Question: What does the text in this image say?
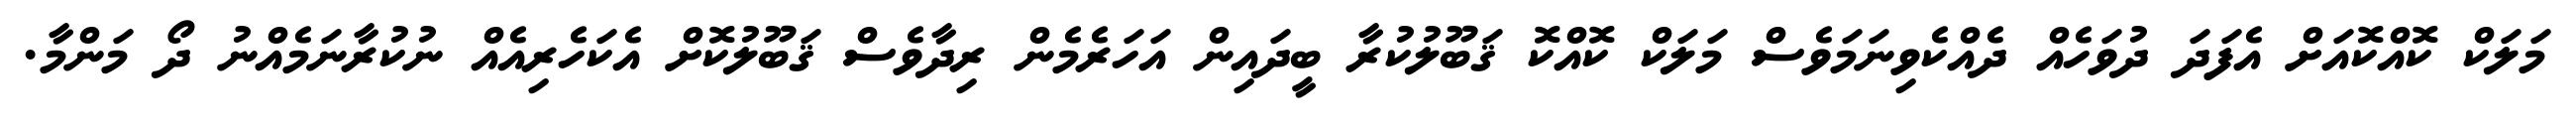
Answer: މަލަކް ކޮއްކޮއަށް އެފަދަ ދުވަހެއް ދެއްކެވިނަމަވެސް މަލަކް ކޮއްކޮ ޤަބޫލުކުރާ ބީދައިން އަހަރެމެން ރިދާވެސް ޤަބޫލުކޮށް އެކަހެރިއެއް ނުކުރާނަމެއްނު ދޯ މަންމާ.